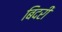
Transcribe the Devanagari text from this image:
बिदरी